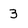
Character: 3